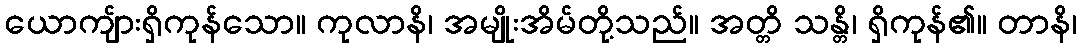
ယောကျ်ားရှိကုန်သော။ ကုလာနိ၊ အမျိုးအိမ်တို့သည်။ အတ္တိ သန္တိ၊ ရှိကုန်၏။ တာနိ၊